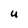
Character: U